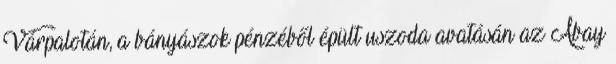
Várpalotán, a bányászok pénzéből épült uszoda avatásán az Abay